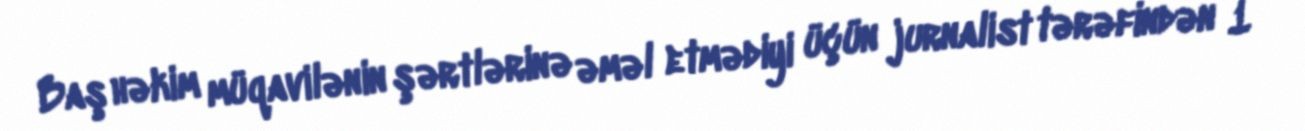
Baş həkim müqavilənin şərtlərinə əməl etmədiyi üçün jurnalist tərəfindən 1